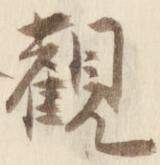
観